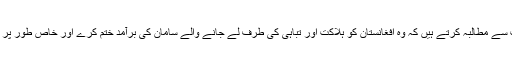
چار ستمبر کو طالبان کے ترجمان ذبیح اللہ مجاہد نے اپنے پیغام میں واضح کیا تھا، ’’ہم بھارت سے مطالبہ کرتے ہیں کہ وہ افغانستان کو ہلاکت اور تباہی کی طرف لے جانے والے سامان کی برآمد ختم کرے اور خاص طور پر فوجی امداد کے ذریعے کابل کی بدعنوان حکومت کی عمر کو طول دینے کی کوشش نہ کرے۔